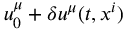
u _ { 0 } ^ { \mu } + \delta u ^ { \mu } ( t , x ^ { i } )